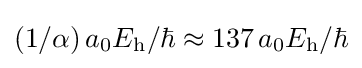
(1/\alpha )\,a_{0}E_{\text{h}}/\hbar \approx 137\,a_{0}E_{\text{h}}/\hbar